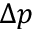
\Delta p